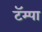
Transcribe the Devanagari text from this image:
टॅम्पा